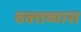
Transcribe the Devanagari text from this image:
वक्तव्यास